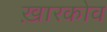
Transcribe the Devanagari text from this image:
ख़ारकोव